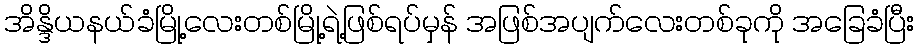
အိန္ဒိယနယ်ခံမြို့လေးတစ်မြို့ရဲ့ဖြစ်ရပ်မှန် အဖြစ်အပျက်လေးတစ်ခုကို အခြေခံပြီး